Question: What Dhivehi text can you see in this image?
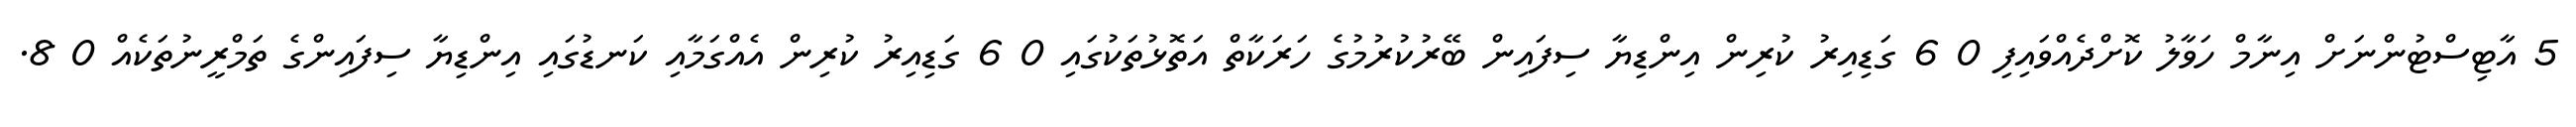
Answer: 5 އާޓިސްޓުންނަށް އިނާމް ހަވާލު ކޮށްދެއްވައިފި 0 6 ގަޑިއިރު ކުރިން އިންޑިޔާ ސިފައިން ބޭރުކުރުމުގެ ހަރަކާތް އަތޮޅުތަކުގައި 0 6 ގަޑިއިރު ކުރިން އެއްގަމާއި ކަނޑުގައި އިންޑިޔާ ސިފައިންގެ ތަމްރީނުތަކެއް 0 8.